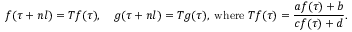
f ( \tau + n l ) = T f ( \tau ) , \quad g ( \tau + n l ) = T g ( \tau ) , \; \mathrm { w h e r e } \; T f ( \tau ) = \frac { a f ( \tau ) + b } { c f ( \tau ) + d } .